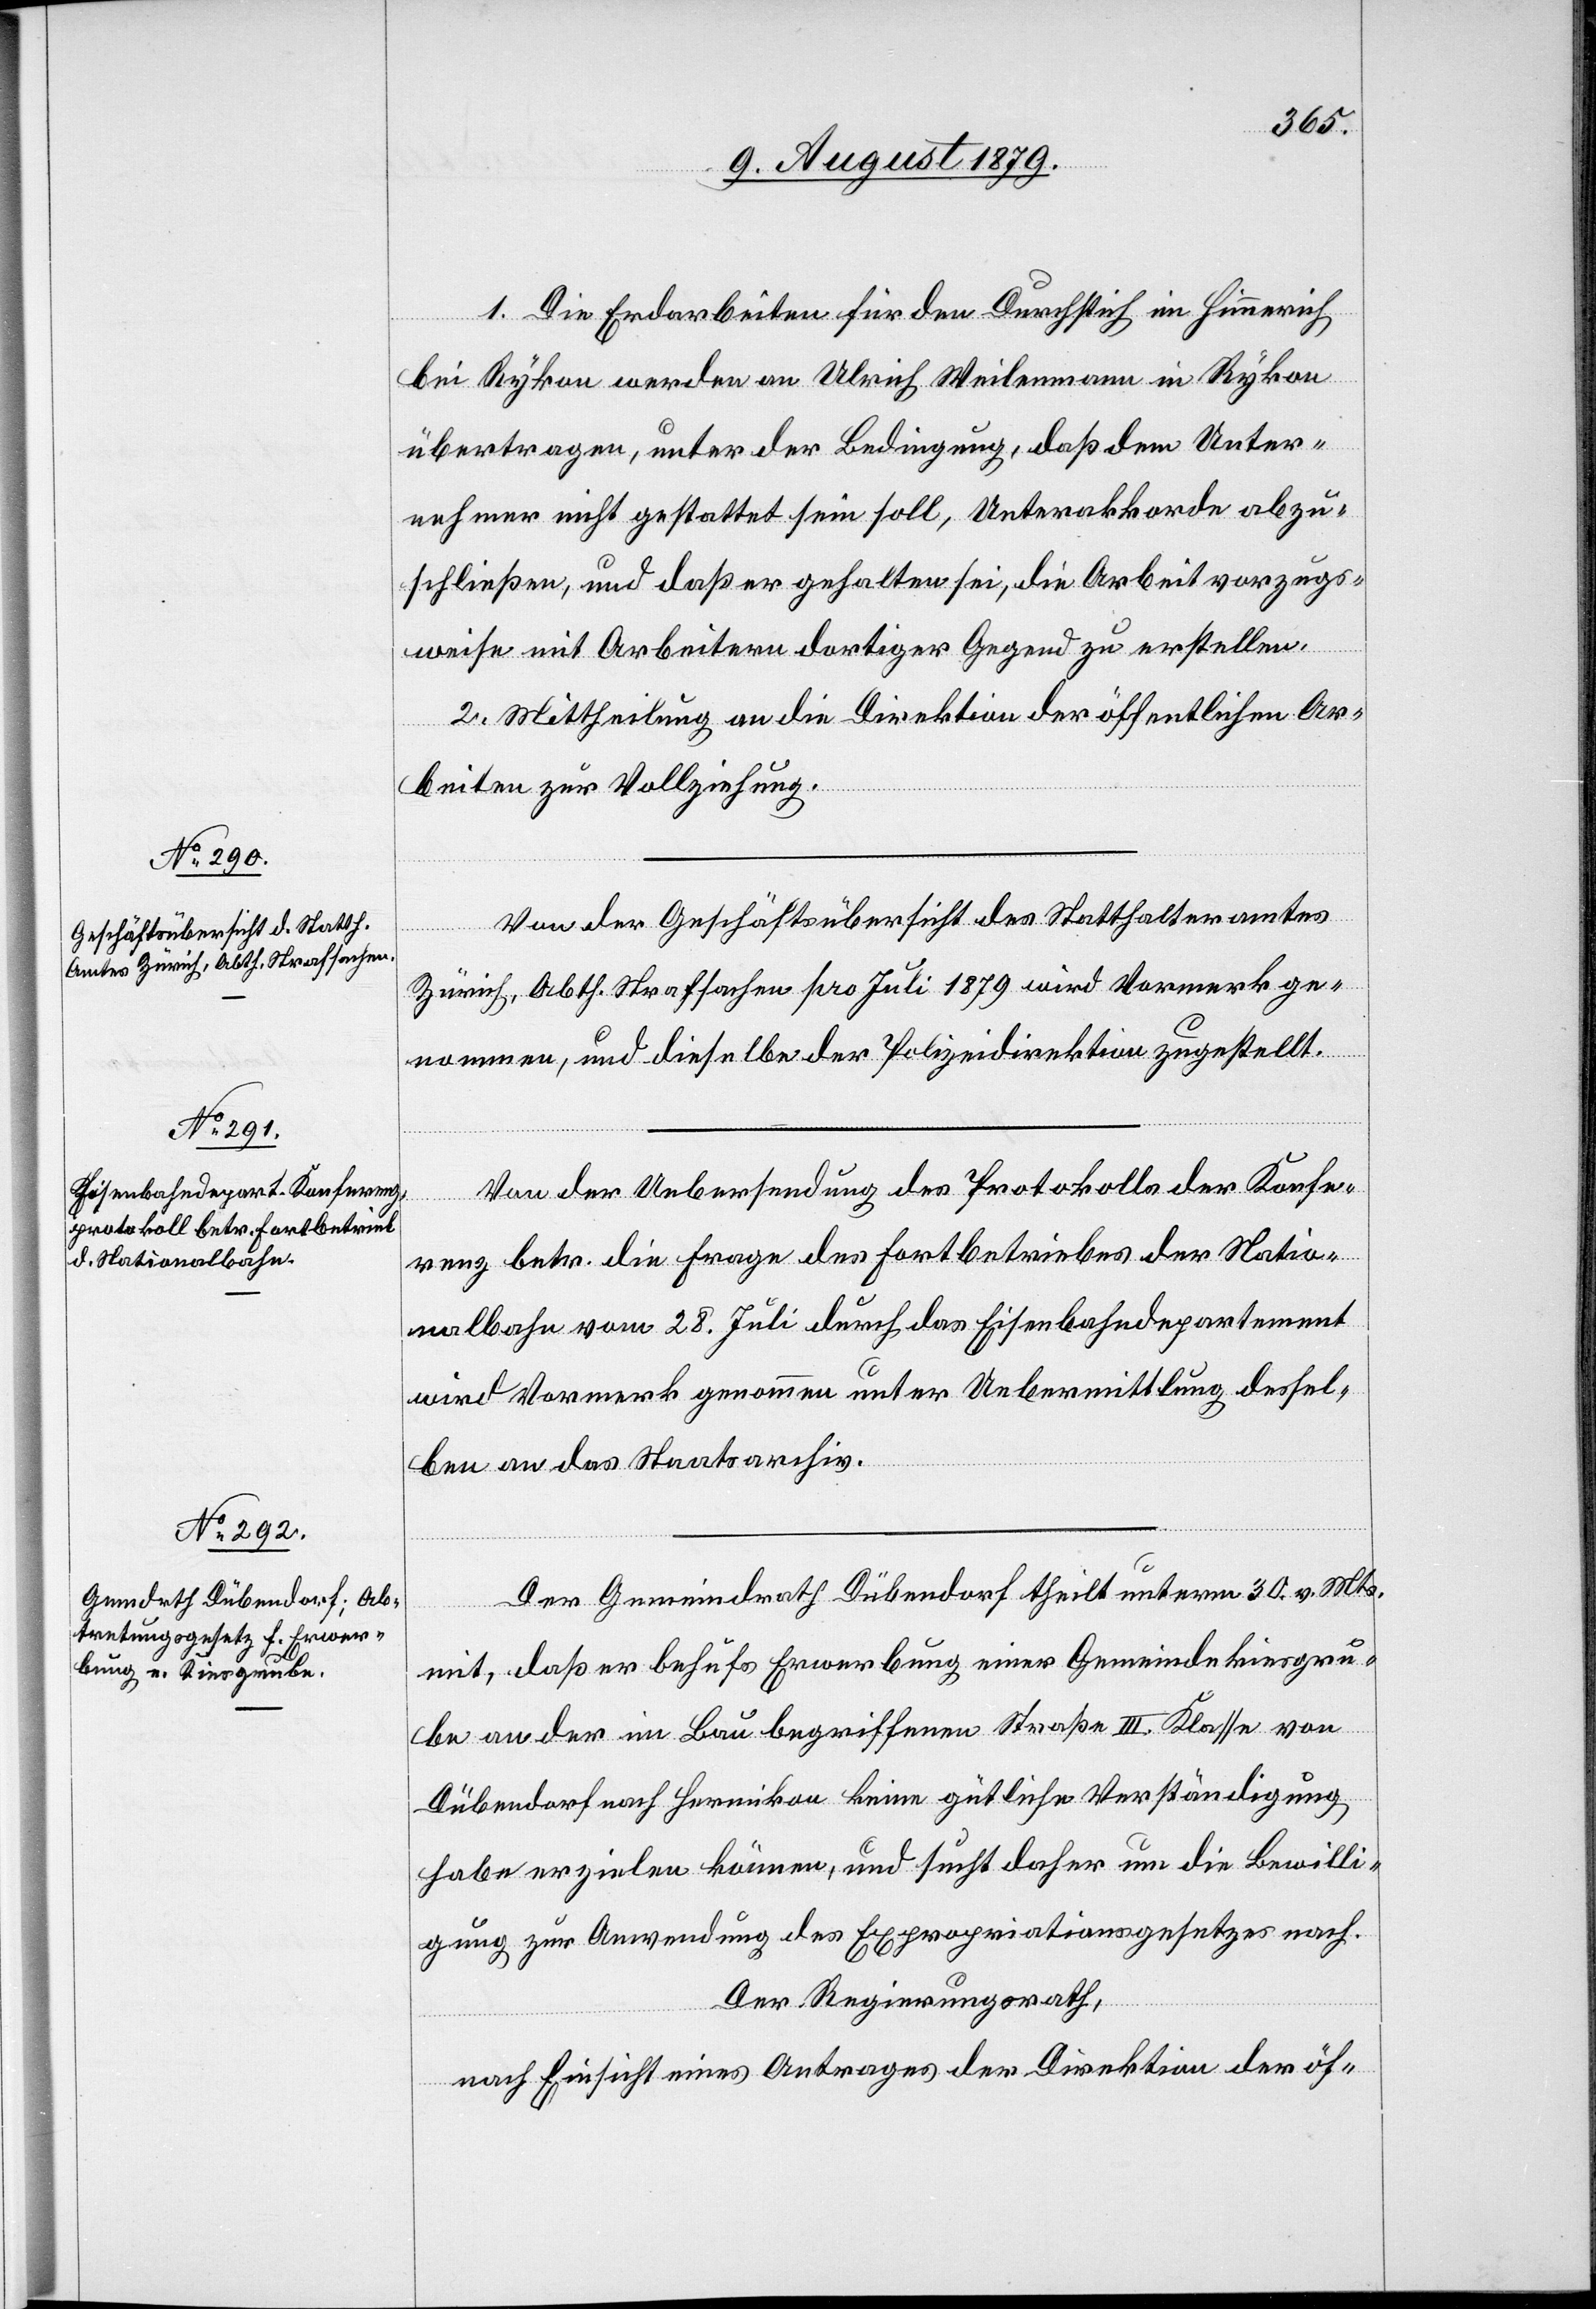
1. Die Erdarbeiten für den Durchstich im Himmerich
bei Rykon werden an Ulrich Weilenmann in Rykon
übertragen, unter der Bedingung, daß dem Unter¬
nehmer nicht gestattet sein soll, Unterakkorde abzu¬
schließen, und daß er gehalten sei, die Arbeit vorzugs¬
weise mit Arbeitern dortiger Gegend zu erstellen.
2. Mittheilung an die Direktion der öffentlichen Ar¬
beiten zur Vollziehung.
Von der Geschäftsübersicht des Statthalteramtes
Zürich, Abth. Strafsachen pro Juli 1879 wird Vormerk ge¬
nommen, und dieselbe der Polizeidirektion zugestellt.
Von der Uebersendung des Protokolls der Konfe¬
renz betr. die Frage des Fortbetriebes der Natio¬
nalbahn vom 28. Juli durch das Eisenbahndepartement
wird Vormerk genommen unter Uebermittlung dessel¬
ben an das Staatsarchiv.
Der Gemeindrath Dübendorf theilt unterm 30. v. Mts.
mit, daß er behufs Erwerbung einer Gemeindekiesgru¬
be an der im Bau begriffenen Straße III. Klasse von
Dübendorf nach Hermikon keine gütliche Verständigung
habe erzielen können, und sucht daher um die Bewilli¬
gung zur Anwendung des Expropriationsgesetzes nach.
Der Regierungsrath,
nach Einsicht eines Antrages der Direktion der öf-